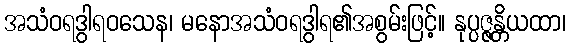
အသံဝရဒွါရဝသေန၊ မနောအသံဝရဒွါရ၏အစွမ်းဖြင့်။ နုပ္ပဇ္ဇန္တိယထာ၊